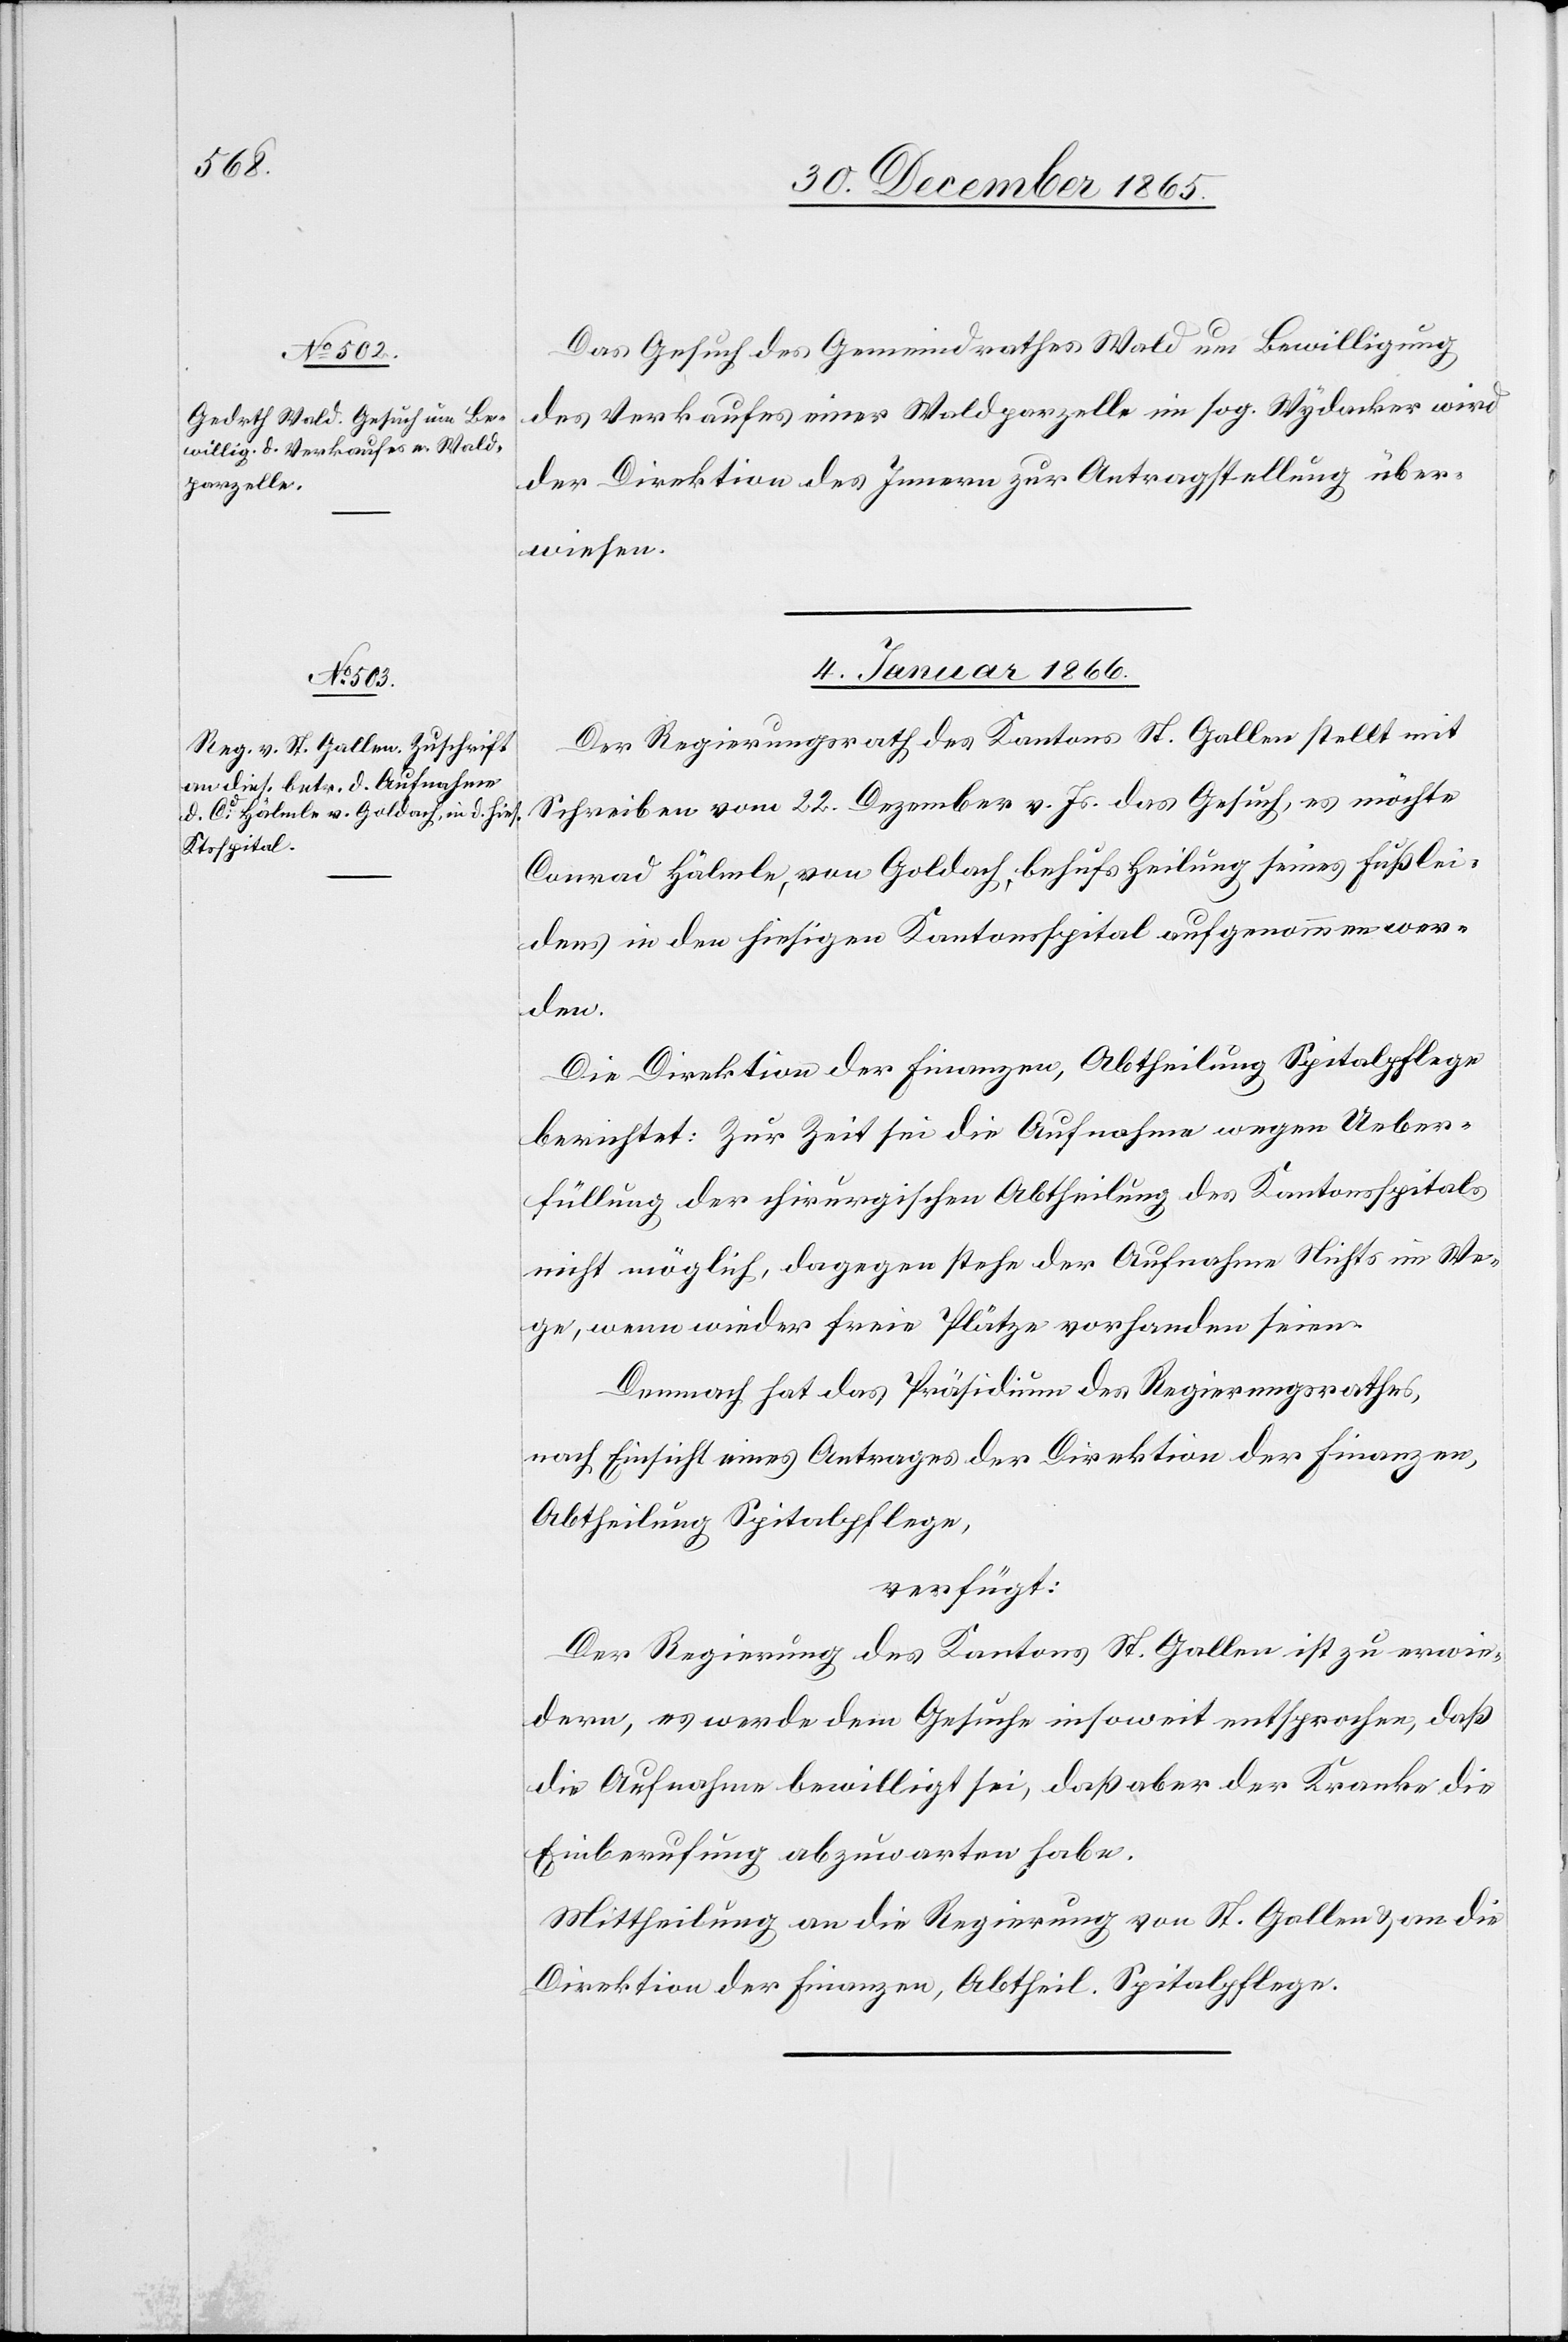
Das Gesuch des Gemeindrathes Wald um Bewilligung
des Verkaufes einer Waldparzelle im sog. Wydacker wird
der Direktion des Innern zur Antragstellung über¬
wiesen.
4. Januar 1866.
Der Regierungsrath des Kantons St. Gallen stellt mit
Schreiben vom 22. Dezember v. Js. das Gesuch, es möchte
Conrad Hälmle, von Goldach, behufs Heilung seines Fußlei¬
dens in den hiesigen Kantonsspital aufgenommen wer¬
den.
Die Direktion der Finanzen, Abtheilung Spitalpflege
berichtet: Zur Zeit sei die Aufnahme wegen Ueber¬
füllung der chirurgischen Abtheilung des Kantonsspitals
nicht möglich, dagegen stehe der Aufnahme Nichts im We¬
ge, wenn wieder freie Plätze vorhanden seien.
Demnach hat das Präsidium des Regierungsrathes,
nach Einsicht eines Antrages der Direktion der Finanzen,
Abtheilung Spitalpflege,
verfügt:
Der Regierung des Kantons St. Gallen ist zu erwie¬
dern, es werde dem Gesuche insoweit entsprochen, daß
die Aufnahme bewilligt sei, daß aber der Kranke die
Einberufung abzuwarten habe.
Mittheilung an die Regierung von St. Gallen & an die
Direktion der Finanzen, Abtheil. Spitalpflege.